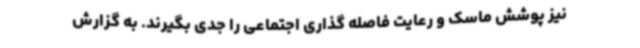
نیز پوشش ماسک و رعایت فاصله گذاری اجتماعی را جدی بگیرند. به گزارش